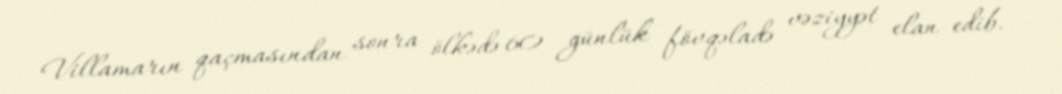
Villamarın qaçmasından sonra ölkədə 60 günlük fövqəladə vəziyyət elan edib.